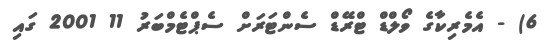
6) - އެމެރިކާގެ ވޯލްޑް ޓްރޭޑް ސެންޓަރަށް ސެޕްޓެމްބަރު 11 2001 ގައި